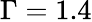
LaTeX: \Gamma=1.4